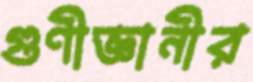
গুণীজ্ঞানীর